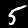
Digit: 5